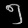
Digit: ၅